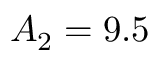
A _ { 2 } = 9 . 5